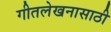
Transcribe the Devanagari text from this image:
गीतलेखनासाठी